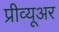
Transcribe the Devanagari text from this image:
प्रीव्यूअर